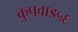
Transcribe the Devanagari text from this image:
कुपवाड५६